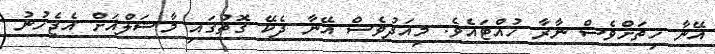
އޭނާ ހިތަށްވެސް ނާރާ ހުއްޓައެވެ. މިއަދުވެސް އޭނާ ދެކޭ ގޮތުގައި މާޝަލްއަށް އެޖެހުނު